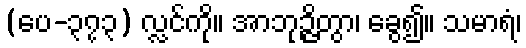
(ပေ-၃၇၃) လ္လင်ကို။ အာဘုဉ္ဇိတွာ၊ ခွေ၍။ သမာရံ၊